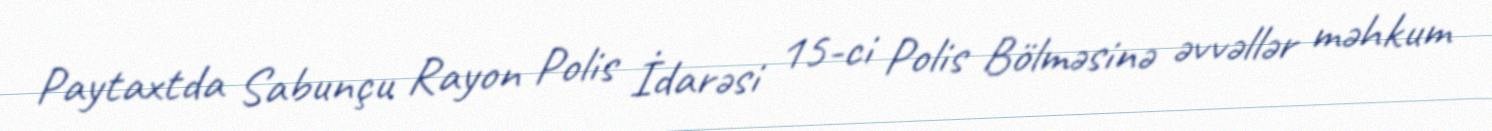
Paytaxtda Sabunçu Rayon Polis İdarəsi 15-ci Polis Bölməsinə əvvəllər məhkum